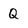
Character: Q